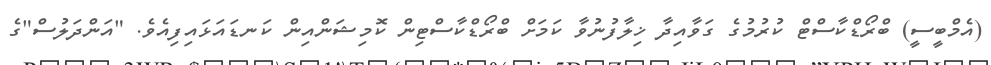
(އެމްބީސީ) ބްރޯޑްކާސްޓް ކުރުމުގެ ގަވާއިދާ ޚިލާފުނުވާ ކަމަށް ބްރޯޑްކާސްޓިން ކޮމިޝަންއިން ކަނޑައަޅައިފިއެވެ. "އަންދަލުސް"ގެ